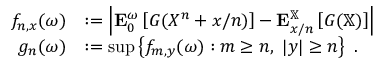
\begin{array} { r } { \begin{array} { r l } { f _ { n , x } ( \omega ) } & { : = \left| \mathbf E _ { 0 } ^ { \omega } \left[ G ( X ^ { n } + x / n ) \right] - \mathbf E _ { x / n } ^ { \mathbb X } \left[ G ( \mathbb X ) \right] \right| } \\ { g _ { n } ( \omega ) } & { : = \operatorname* { s u p } \left\{ f _ { m , y } ( \omega ) : m \ge n , \ | y | \ge n \right\} \ . } \end{array} } \end{array}